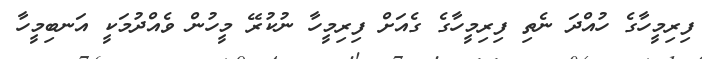
ފިރިމީހާގެ ހުއްދަ ނެތި ފިރިމީހާގެ ގެެއަށް ފިރިމީހާ ނުކުރޭ މީހުން ވެއްދުމަކީ އަނބިމީހާ